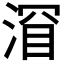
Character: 𬈐